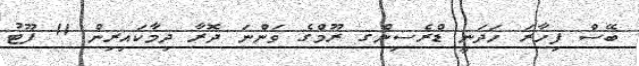
ބޭސް ފިހާރަ ހަދަނީ ޑްރެސިންގ ރޫމްގެ ވަންނަ ދޮރާ ދިމާކައިރިން 11 ފޫޓު